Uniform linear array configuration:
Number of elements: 64
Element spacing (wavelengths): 0.75
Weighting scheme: hamming
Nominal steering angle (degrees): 15
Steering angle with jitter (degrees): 13.715
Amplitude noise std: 0.05
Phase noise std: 0.05

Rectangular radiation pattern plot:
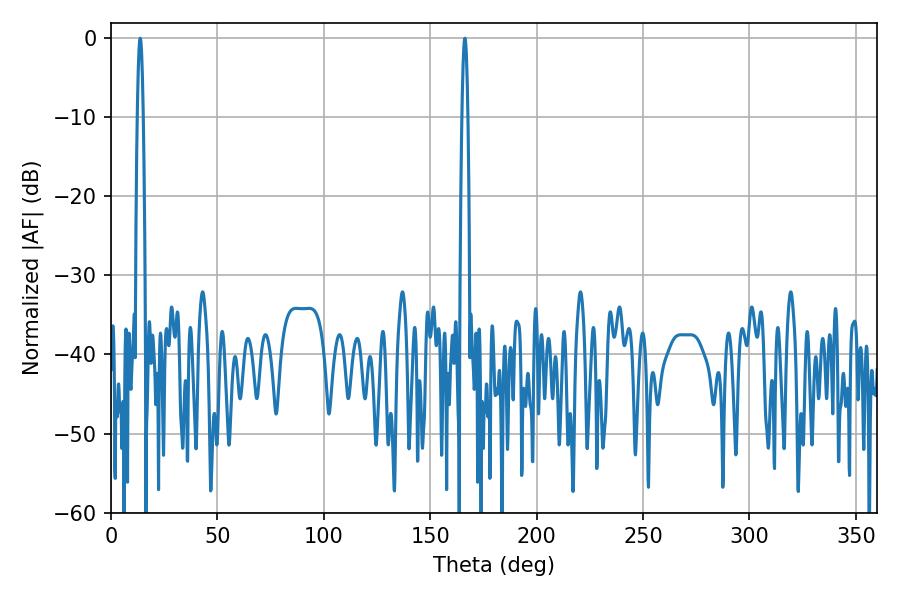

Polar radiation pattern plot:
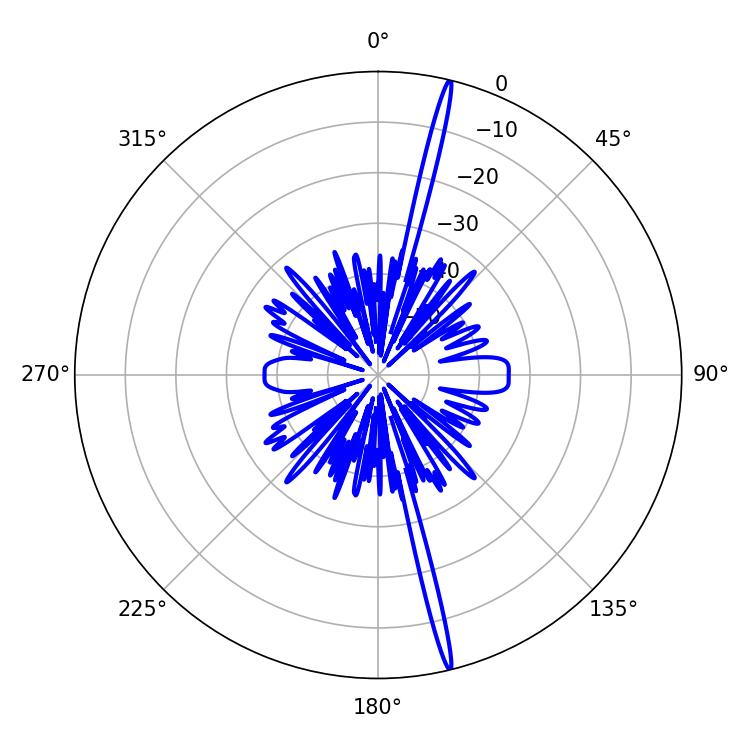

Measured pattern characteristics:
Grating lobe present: TRUE
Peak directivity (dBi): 21.513
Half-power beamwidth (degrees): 1.44
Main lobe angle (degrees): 13.68